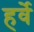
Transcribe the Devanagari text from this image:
हर्वे